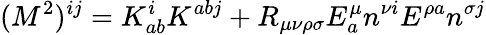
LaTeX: (M^{2})^{ij}=K_{ab}^{i}K^{abj}+R_{\mu\nu\rho\sigma}E_{a}^{\mu}n^{\nu i}E^{\rho a}n^{\sigma j}